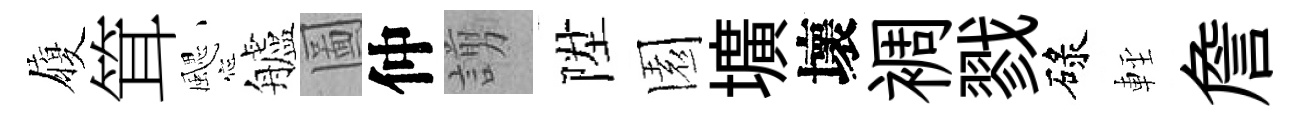
履䇯颸艫圖仲謭陞園壙壞裯戮碌䡖詹